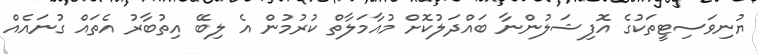
ޔުނިވަސިޓީތަކުގެ އޮފިޝަލުންނާ ބައްދަލުކޮށް މުއާމަލާތް ކުރުމުން އެ ލިބޭ އިތުބާރު އެތައް ގުނައެއް